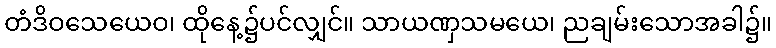
တံဒိဝသေယေဝ၊ ထိုနေ့၌ပင်လျှင်။ သာယဏှသမယေ၊ ညချမ်းသောအခါ၌။